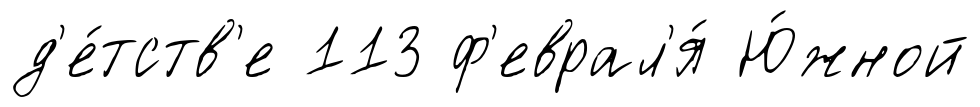
д'е́тств'е 113 ф'еврал'я́ Ю́жной